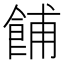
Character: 餔